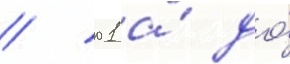
/ 01 а́ до́